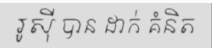
រូស៊ី បាន ដាក់ គំនិត